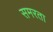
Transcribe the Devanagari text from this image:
समरता